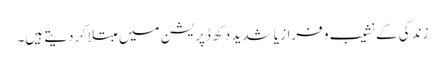
زندگی کے نشیب و فراز یا شدید دکھ ڈپریشن میں مبتلا کر دیتے ہیں۔